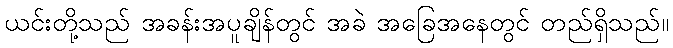
ယင်းတို့သည် အခန်းအပူချိန်တွင် အခဲ အခြေအနေတွင် တည်ရှိသည်။